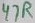
Text: 47R